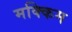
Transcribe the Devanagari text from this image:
मक्किम